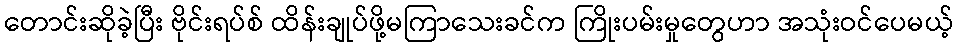
တောင်းဆိုခဲ့ပြီး ဗိုင်းရပ်စ် ထိန်းချုပ်ဖို့မကြာသေးခင်က ကြိုးပမ်းမှုတွေဟာ အသုံးဝင်ပေမယ့်